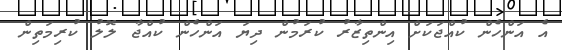
އެ އަންހެން ކުއްޖަކަށް އިންތިޒާރު ކުރަމުން ދިޔަ އަންހެން ކުއްޖާ ލޮލު ކުރިމަތިން